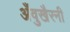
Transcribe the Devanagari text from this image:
अँवुखैरनी